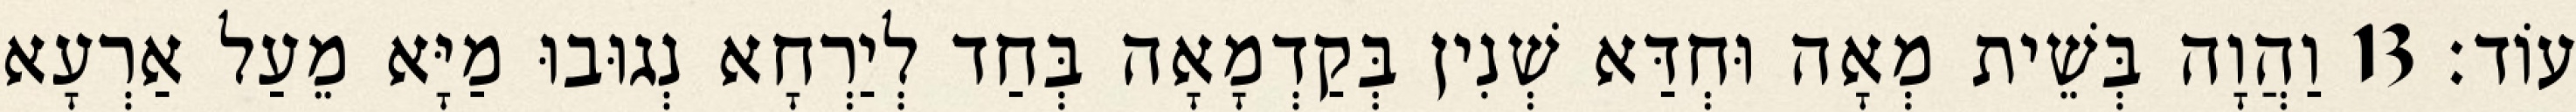
עוֹד׃ 13 וַהֲוָה בְּשֵׁית מְאָה וּחְדַּא שְׁנִין בְּקַדְמָאָה בְּחַד לְיַרְחָא נְגוּבוּ מַיָּא מֵעַל אַרְעָא